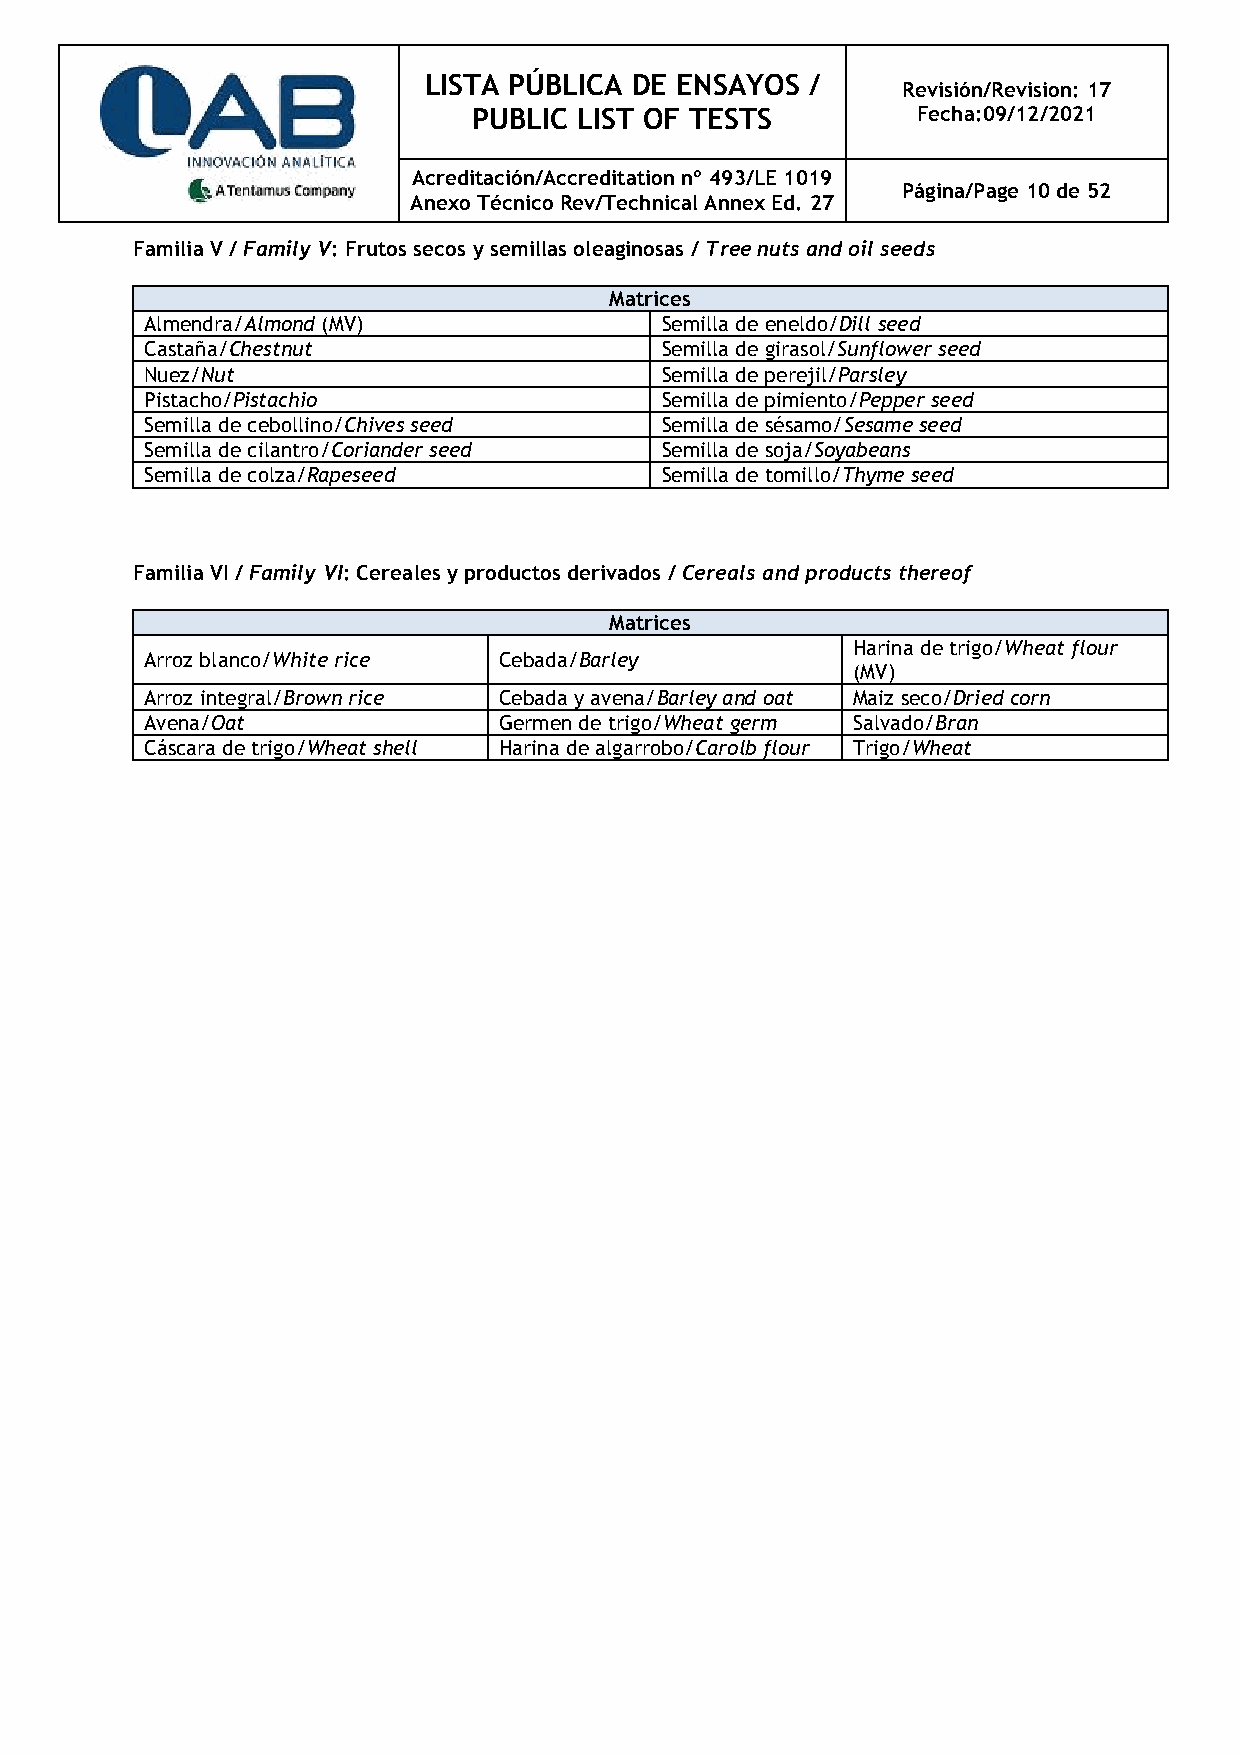
LISTA PÚBLICA DE ENSAYOS  /
 Revisión/Revision: 17
 PUBLIC LIST OF TESTS          Fecha:09/12/2021
 Acreditación/Accreditation nº 493/LE 1019
 Página/Page 10 de 52
 Anexo Técnico Rev/Technical Annex Ed. 27
 Familia V / Family V: Frutos secos y semillas oleaginosas / Tree nuts and oil seeds
 Matrices
 Almendra/Almond (MV)              Semilla de eneldo/Dill seed
 Castaña/Chestnut                  Semilla de girasol/Sunflower seed
 Nuez/Nut                          Semilla de perejil/Parsley
 Pistacho/Pistachio                Semilla de pimiento/Pepper seed
 Semilla de cebollino/Chives seed  Semilla de sésamo/Sesame seed
 Semilla de cilantro/Coriander seed Semilla de soja/Soyabeans
 Semilla de colza/Rapeseed         Semilla de tomillo/Thyme seed
 Familia VI / Family VI: Cereales y productos derivados / Cereals and products thereof
 Matrices
 Harina de trigo/Wheat flour
 Arroz blanco/White rice Cebada/Barley
 (MV)
 Arroz integral/Brown rice Cebada y avena/Barley and oat Maiz seco/Dried corn
 Avena/Oat              Germen de trigo/Wheat germ Salvado/Bran
 Cáscara de trigo/Wheat shell Harina de algarrobo/Carolb flour Trigo/Wheat